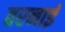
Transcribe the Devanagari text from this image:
तरनाई